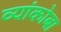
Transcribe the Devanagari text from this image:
व्यांकोबा